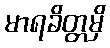
မာရခိတ္တမှိ